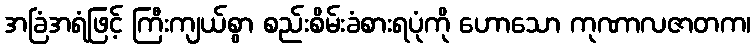
အခြံအရံဖြင့် ကြီးကျယ်စွာ စည်းစိမ်းခံစားရပုံကို ဟောသော ကုဏာလဇာတက၊